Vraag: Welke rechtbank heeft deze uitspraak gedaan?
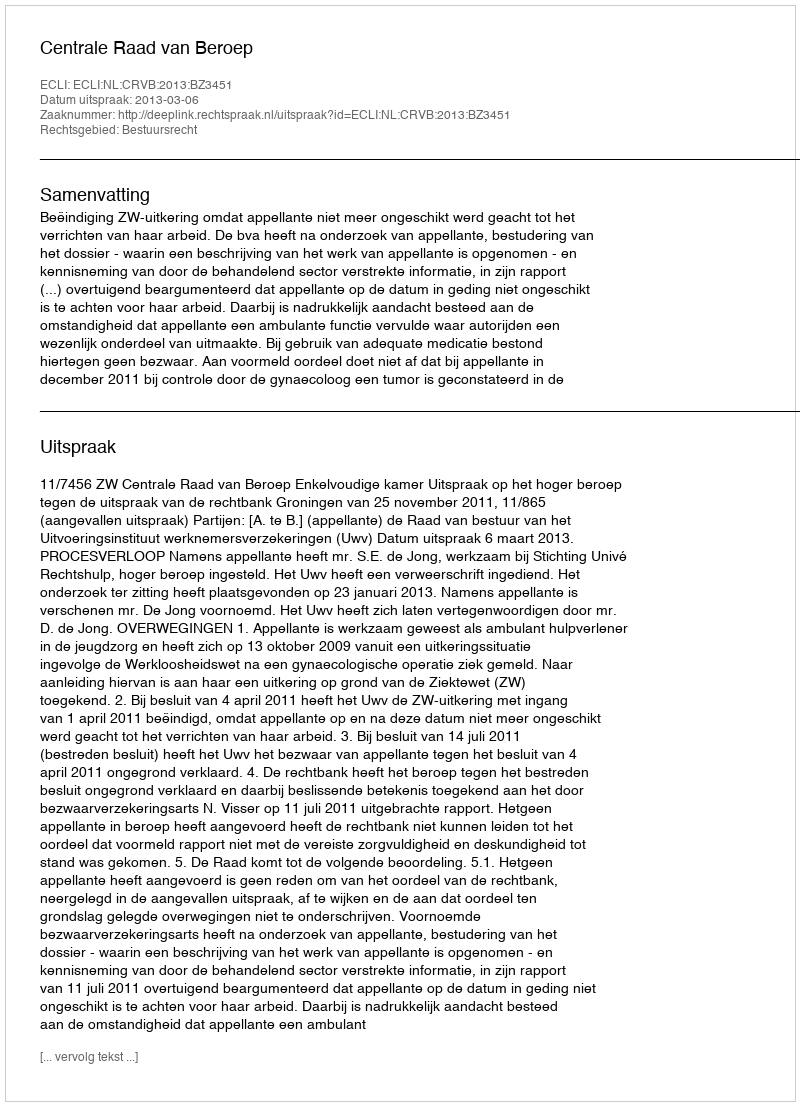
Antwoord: Centrale Raad van Beroep